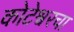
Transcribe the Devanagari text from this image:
कोटेश्वरचा